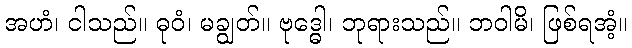
အဟံ၊ ငါသည်။ ဓုဝံ၊ မချွတ်။ ဗုဒ္ဓေါ၊ ဘုရားသည်။ ဘဝါမိ၊ ဖြစ်ရအံ့။